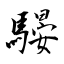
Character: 騴